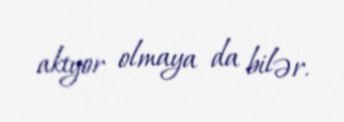
aktyor olmaya da bilər.